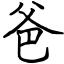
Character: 爸